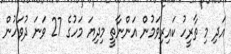
އަދި މި ތާރީހު ކައިރިވަމުން އަންނާތީ މިދިޔަ މަހުގެ 27 ވަނަ ދުވަހުން